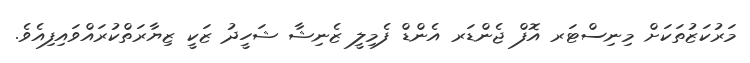
މަރުކަޒުތަކަށް މިނިސްޓަރ އޮފް ޖެންޑަރ އެންޑް ފެމިލީ ޒެނިޝާ ޝަހީދު ޒަކީ ޒިޔާރަތްކުރައްވައިފިއެވެ.